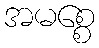
အမစ္စေ